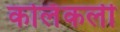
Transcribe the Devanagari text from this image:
कोलॅकली